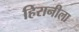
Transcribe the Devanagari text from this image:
हिरानीला